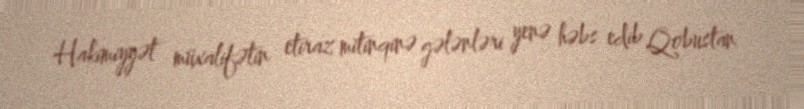
Hakimiyyət müxalifətin etiraz mitinqinə gələnləri yenə həbs edib Qobustan